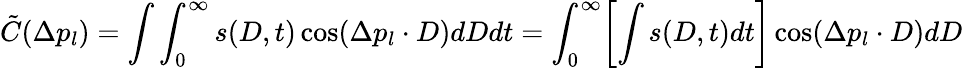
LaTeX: \tilde{C}(\Delta p_{l})=\int\int_{0}^{\infty}s(D,t)\cos(\Delta p_{l}\cdot D)dDdt=\int_{0}^{\infty}\biggl\lbrack\int s(D,t)dt\biggr\rbrack\cos(\Delta p_{l}\cdot D)dD